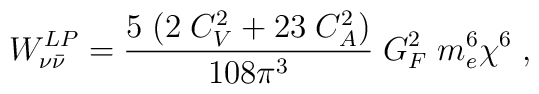
{W}^{LP}_{\nu {\bar \nu}} =\frac{5\;(2\;C_V^2+23\;C_A^2)}{108\pi^3}\;G_F^2\;m_e^6\chi^6\;,